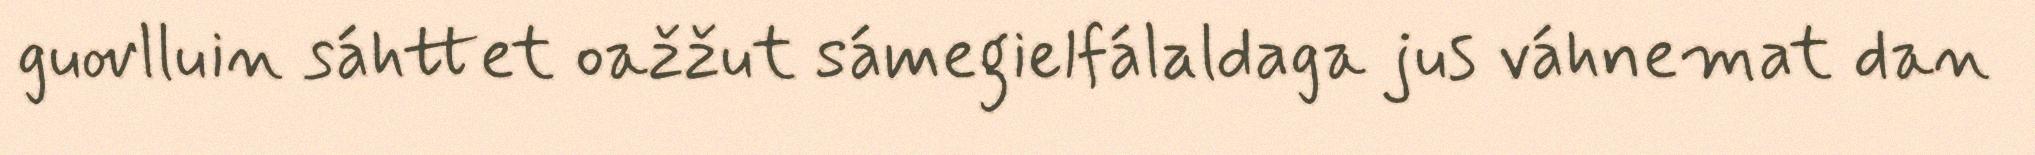
guovlluin sáhttet oažžut sámegielfálaldaga jus váhnemat dan